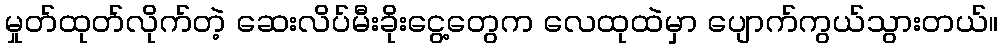
မှုတ်ထုတ်လိုက်တဲ့ ဆေးလိပ်မီးခိုးငွေ့တွေက လေထုထဲမှာ ပျောက်ကွယ်သွားတယ်။